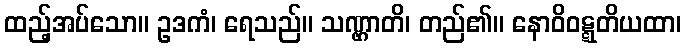
ထည့်အပ်သော။ ဥဒကံ၊ ရေသည်။ သဏ္ဌာတိ၊ တည်၏။ နောဝိဝဋ္ဋတိယထာ၊